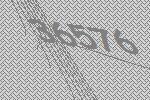
36576